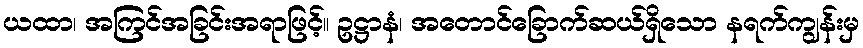
ယထာ၊ အကြင်အခြင်းအရာဖြင့်။ ဥဋ္ဌာနံ၊ အတောင်ခြောက်ဆယ်ရှိသော နရက်ကျွန်းမှ